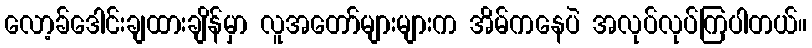
လော့ခ်ဒေါင်းချထားချိန်မှာ လူအတော်များများက အိမ်ကနေပဲ အလုပ်လုပ်ကြပါတယ်။